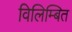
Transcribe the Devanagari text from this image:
विलिम्बित